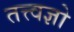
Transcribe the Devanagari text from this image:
तत्त्वज्ञो